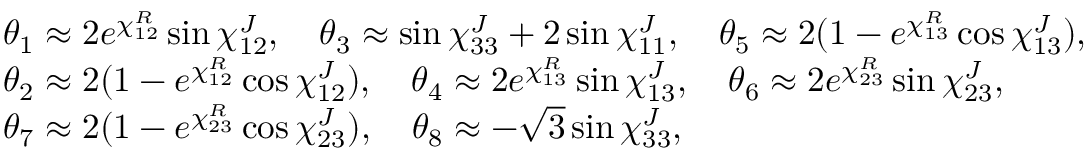
\begin{array} { l l } { { \theta _ { 1 } \approx 2 e ^ { \chi _ { 1 2 } ^ { R } } \sin \chi _ { 1 2 } ^ { J } , \quad \theta _ { 3 } \approx \sin \chi _ { 3 3 } ^ { J } + 2 \sin \chi _ { 1 1 } ^ { J } , \quad \theta _ { 5 } \approx 2 ( 1 - e ^ { \chi _ { 1 3 } ^ { R } } \cos \chi _ { 1 3 } ^ { J } ) , } } \\ { { \theta _ { 2 } \approx 2 ( 1 - e ^ { \chi _ { 1 2 } ^ { R } } \cos \chi _ { 1 2 } ^ { J } ) , \quad \theta _ { 4 } \approx 2 e ^ { \chi _ { 1 3 } ^ { R } } \sin \chi _ { 1 3 } ^ { J } , \quad \theta _ { 6 } \approx 2 e ^ { \chi _ { 2 3 } ^ { R } } \sin \chi _ { 2 3 } ^ { J } , } } \\ { { \theta _ { 7 } \approx 2 ( 1 - e ^ { \chi _ { 2 3 } ^ { R } } \cos \chi _ { 2 3 } ^ { J } ) , \quad \theta _ { 8 } \approx - \sqrt { 3 } \sin \chi _ { 3 3 } ^ { J } , } } \end{array}